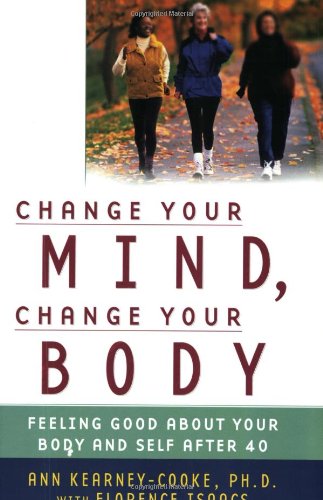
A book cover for Change Your Mind, Change Your Body: Feeling Good About Your Body and Self After 40; Ph.D. Ann Kearney-Cooke Ph.D.; Self-Help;